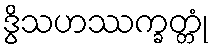
ဒွိသဟဿက္ခတ္တုံ